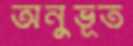
অনুভূত